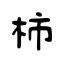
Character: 柿